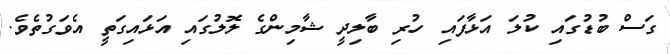
ގަސް ބުޑުގައި ކުލަ އަޅާފައި ހުރި ބާލިދީ ޝާމިންގެ ލޮލުގައި އަޅައިގަތީ އެވަގުތެވެ.